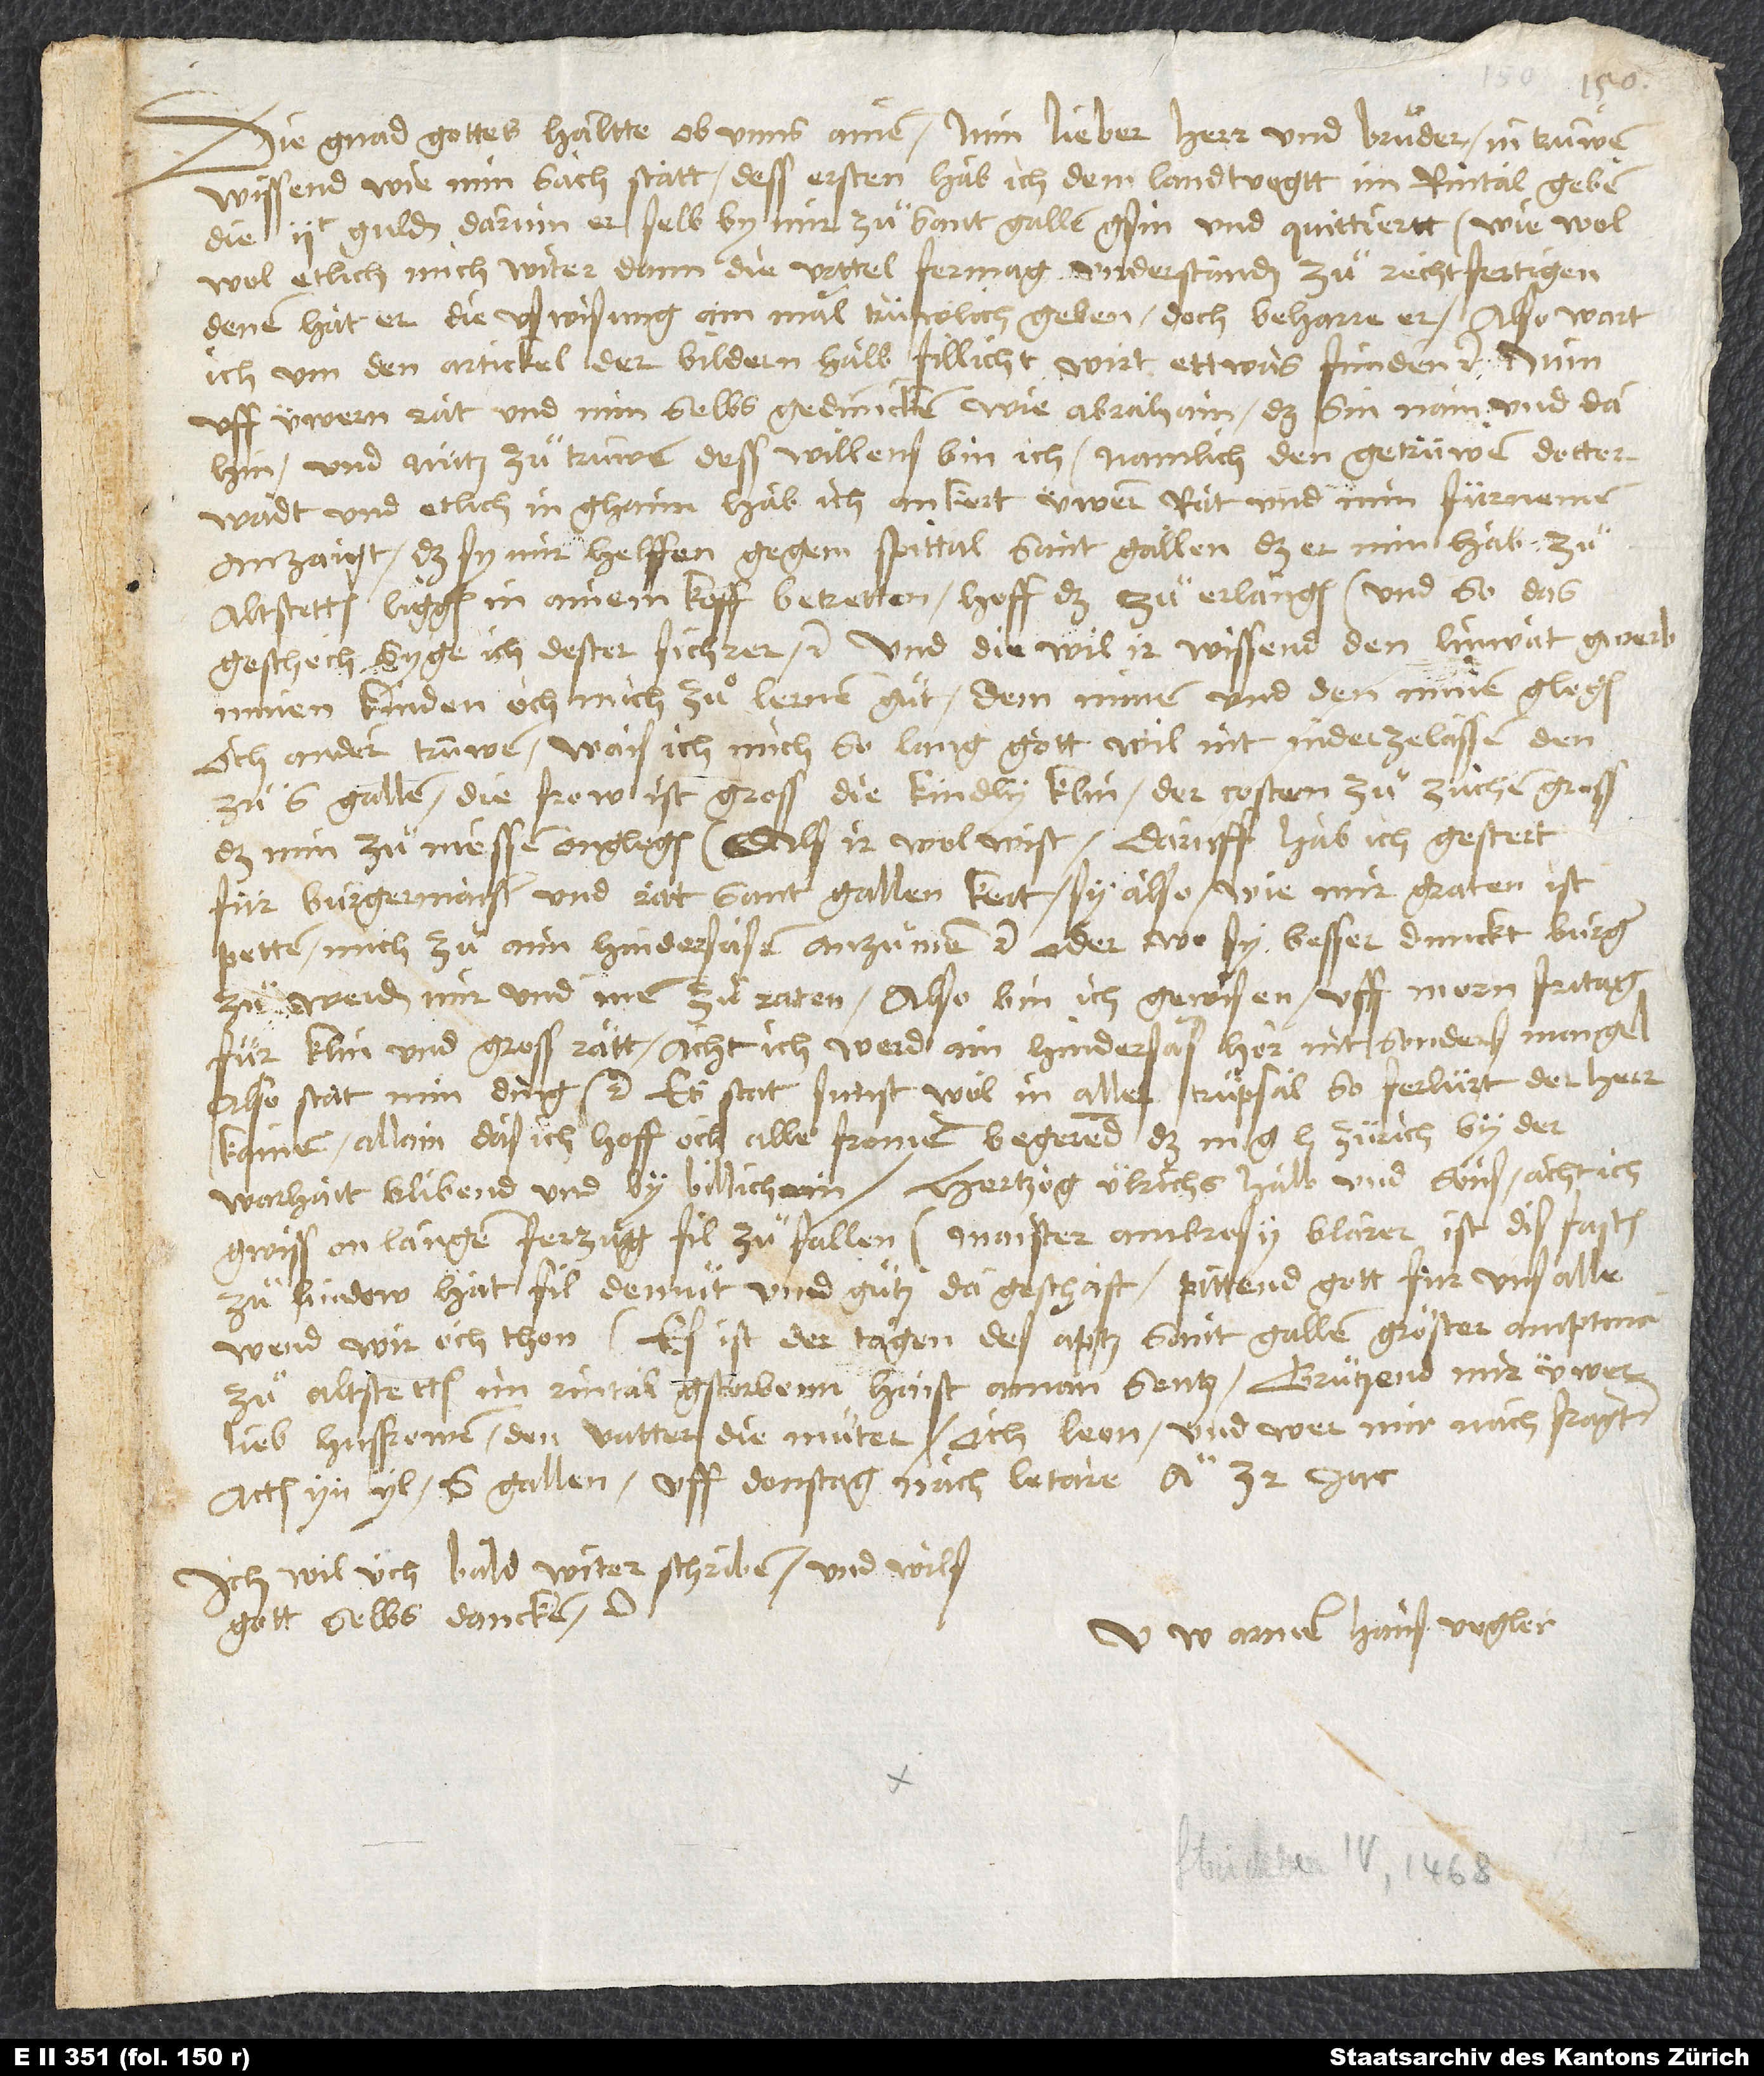
Die gnad gottes haltte ob unns. Amen. Min lieber herr und bruͦder, in trüwen
wissend, wie min sach statt. Dess ersten hab ich dem landtvogtt im Rintal geben
die 200 guldin, darum er selb by mir zuͦ Sant Gallen gsin und quittiertt, wiewol
etlich mich witer, dann die urttel fermag, understanden zuͦ rechtfertigen.
Denen hat er die uswisung ain mal trüwlich geben. Doch beharre er. Also wart
ich um den artickel der bildern halb. Fillicht wirt ettwas funden etc. Nun
uff üwern rat und min selbs geduncken, wie Abraham das sin nam und dahin,
und nütz zuͦ truwen, dess willens bin ich. Namlich den getrüwen Doctor
Wadt und etlich in ghaim hab ich ankert, üwern rat und min fürnemen
anzaigt, daß sy mir helffen gegem spittal Sant Gallen, daß er min hab, zuͦ
Altstetten liggend, in ainem koff betretten. Hoff das zuͦ erlangen, und so das
geschech, syge ich dester sichrer etc. Und diewil ir wissend, den linwatgwerb
minen kinden, och mich, zuͦ lernen guͦt, dem minen und den minen glegen,
och ander trüwen, wais ich mich, so lang gott wil, nit niderzulassen den
za S. Gallen. Die frow ist gross, die kindly klin, der costen zuͦ züchen gross,
das min zuͦ messen onglegen als ir wol wist., Daruff hab ich gesten
für burgermaister und rat Sant Gallen kert, sy also, wie mir graten ist,
petten, mich zuͦ aim hindersäsen anzuͦnemen etc., oder wo sy besser dunckt, burger
zuͦ werden, mir und inen zuͦ raten. Also bin ich gewisen uff morn fritag
für klin und gross rätt. Acht, ich werd ain hindersäs; hör nit sonderß mangel.
Also stat min ding etc. Es stat sunst wol in aller truͤpsal. So ferlürt der herr
kainen. Allain daß ich hoff, och alle fromen begerend, daß mine gnädigen herren Zürich by der
warhait blibend und by billichem. Hertzog Ulrichs halb und sins acht ich
gwiss on langen ferzug fil zuͦfallen. Maister Ambrosy Blarer ist dis fasten
zu Lindow. Hat fil demuͦt und guͦtz da geschaft. Bittend gott für uns alle;
wend wir och thon. Es ist der tagen des aptz Sant Gallen gröster amptman
zuͦ Altstetten im Rintal gstorbenn; haist aman Sentz. Gruͤtzend mir üwer
lieb husfrowen, den vatter, die muͦter, och Leon, und wer mir nachfragt.
Actum yn yl S. Gallen, uff donstag nach Letare anno 32 jar.
Ich will üch bald witer schriben und wils
gott selbs dancken etc.
U armer Hans Vogler.